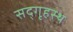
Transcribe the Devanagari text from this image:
सद्‌गृहस्थ